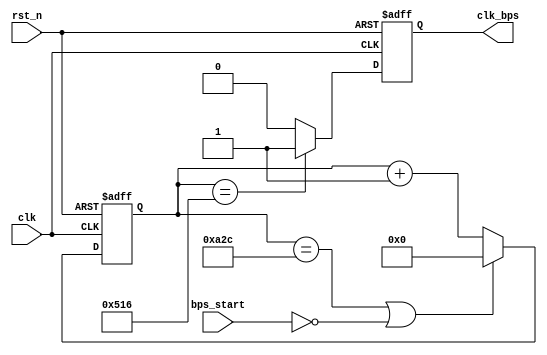
/////////////////////////////////////////////////////////////////////////////
//Altera ATPP     FPGA
// Altera Cyclone IV FPGA 
// SF-CY4 
//         FPGA
//				SF-CY4
// http://myfpga.taobao.com/
// http://pan.baidu.com/s/1jGpMIJc
//                 
/////////////////////////////////////////////////////////////////////////////
module speed_setting(
				clk,rst_n,
				bps_start,clk_bps
			);

input clk;	// 25MHz
input rst_n;	//
input bps_start;	//
output clk_bps;	// clk_bps 

`define BPS_9600
`define CLK_PERIORD	40	//40ns(25MHz)
`define BPS_SET		96	//9600bps()

`define BPS_PARA	(10_000_000/`CLK_PERIORD/`BPS_SET)//10_000_000/`CLK_PERIORD/96;		//9600
`define BPS_PARA_2	(`BPS_PARA/2)//BPS_PARA/2;	//9600

reg[12:0] cnt;			//
reg clk_bps_r;			//

//----------------------------------------------------------
reg[2:0] uart_ctrl;	// uart
//----------------------------------------------------------

always @ (posedge clk or negedge rst_n)
	if(!rst_n) cnt <= 13'd0;
	else if((cnt == `BPS_PARA) || !bps_start) cnt <= 13'd0;	//
	else cnt <= cnt+1'b1;			//

always @ (posedge clk or negedge rst_n)
	if(!rst_n) clk_bps_r <= 1'b0;
	else if(cnt == `BPS_PARA_2) clk_bps_r <= 1'b1;	// clk_bps_r,
	else clk_bps_r <= 1'b0;

assign clk_bps = clk_bps_r;

endmodule